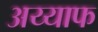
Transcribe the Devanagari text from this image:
अय्याफ